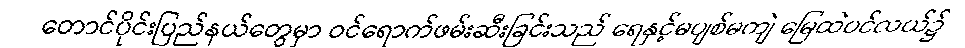
တောင်ပိုင်းပြည်နယ်တွေမှာ ဝင်ရောက်ဖမ်းဆီးခြင်းသည် ရေနှင့်မပျစ်မကျဲ မြေထဲပင်လယ်၌